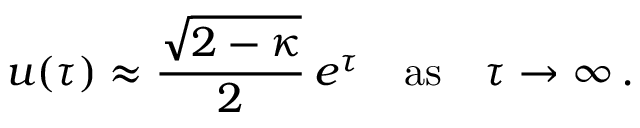
u ( \tau ) \approx { \frac { \sqrt { 2 - \kappa } } { 2 } } \, e ^ { \tau } \quad \mathrm { a s } \quad \tau \rightarrow \infty \, .